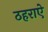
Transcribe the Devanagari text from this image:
ठहराऐ